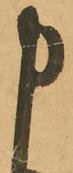
申